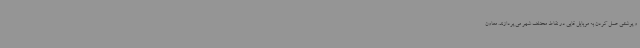
و پوششی عمل کردن به موبایل قاپی در نقاط مختلف شهر می پردازند. معاون